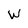
Character: W